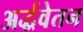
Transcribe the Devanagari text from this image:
अर्द्धवेतन